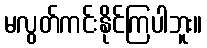
မလွတ်ကင်းနိုင်ကြပါဘူး။